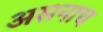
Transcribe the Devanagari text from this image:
असनाच